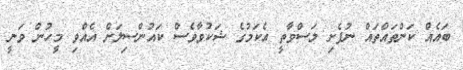
ބައެއް ކަންތައްތައް ނުފެށި ލަސްވާތީ އެކަމުގެ ޝަކުވާވެސް ކައުންސިލަށް އެއްވި މީހުން ވަނީ